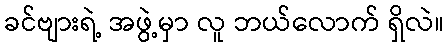
ခင်ဗျားရဲ့ အဖွဲ့မှာ လူ ဘယ်လောက် ရှိလဲ။